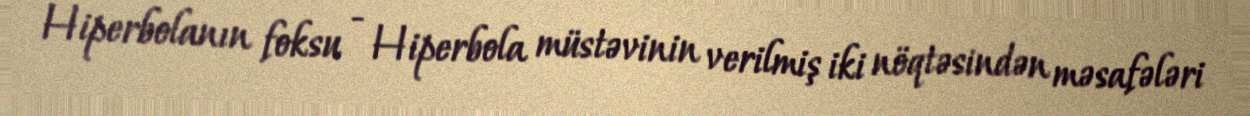
Hiperbolanın foksu - Hiperbola müstəvinin verilmiş iki nöqtəsindən məsafələri